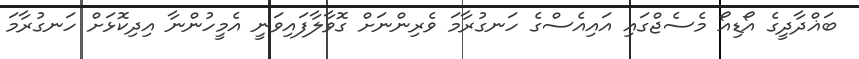
ބަޣްދާދީގެ އޯޑިއޯ މެސެޖްގައި އައިއެސްގެ ހަނގުރާމަ ވެރިންނަށް ގޮވާލާފައިވަނީ އެމީހުންނާ އިދިކޮޅަށް ހަނގުރާމަ